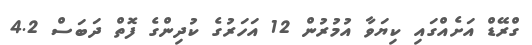
ގްރޭޑް އަށެއްގައި ކިޔަވާ އުމުރުން 12 އަހަރުގެ ކުދިންގެ ފޮތް ދަބަސް 4.2